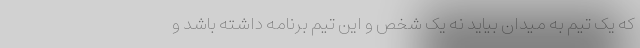
که یک تیم به میدان بیاید نه یک شخص و این تیم برنامه داشته باشد و